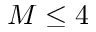
M \le 4